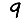
Digit: 9